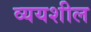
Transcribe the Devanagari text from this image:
व्ययशील